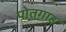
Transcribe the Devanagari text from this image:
पोतगाह